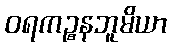
ဝရကဉ္စနဘူမိယာ